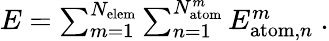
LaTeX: \begin{array}{r}{E=\sum_{m=1}^{N_{\mathrm{elem}}}\sum_{n=1}^{N_{\mathrm{atom}}^{m}}E_{\mathrm{atom},n}^{m}\ .}\end{array}